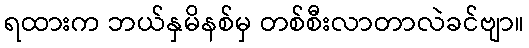
ရထားက ဘယ်နှမိနစ်မှ တစ်စီးလာတာလဲခင်ဗျာ။